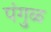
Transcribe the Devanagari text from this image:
पंगुळ